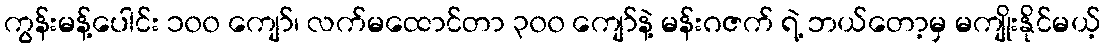
ကွန်းမန့်ပေါင်း ၁၀၀ ကျော်၊ လက်မထောင်တာ ၃၀၀ ကျော်နဲ့ မန်းဂဇက် ရဲ့ ဘယ်တော့မှ မကျိုးနိုင်မယ့်